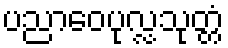
ပညာဝေပုလ္လသုတ္တံ